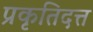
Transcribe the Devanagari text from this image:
प्रकृतिदत्त